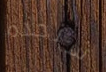
سنجده